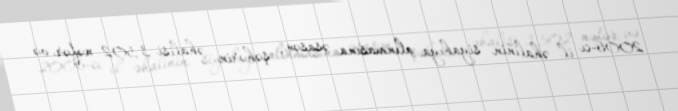
2006-cı il əhalinin siyahıya alınmasına əsasən, şəhərin əhalisi 3,502 nəfər və